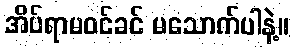
အိပ်ရာမဝင်ခင် မသောက်ပါနဲ့။